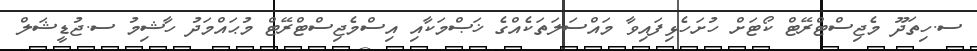
ސ.ހިތަދޫ މެޖިސްޓްރޭޓް ކޯޓަށް ހުށަހެޅިފައިވާ މައްސަލަތަކެއްގެ ޚަޞްމަކާއި އިސްމެޖިސްޓްރޭޓް މުޙައްމަދު ހާޝިމު ސ.ޖުޑީޝަލް